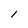
Character: l